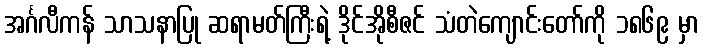
အင်္ဂလီကန် သာသနာပြု ဆရာမတ်ကြီးရဲ့ ဒိုင်အိုစီဇင် သံတဲကျောင်းတော်ကို ၁၈၆၉ မှာ